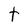
Character: t